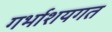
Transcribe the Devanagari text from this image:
गर्भाशयगत